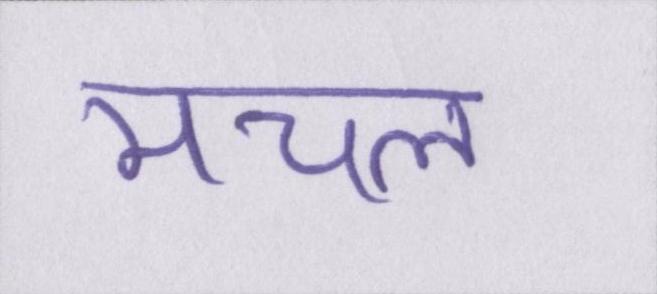
मचल